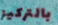
بالتركيز